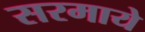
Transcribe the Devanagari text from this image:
सरमाये